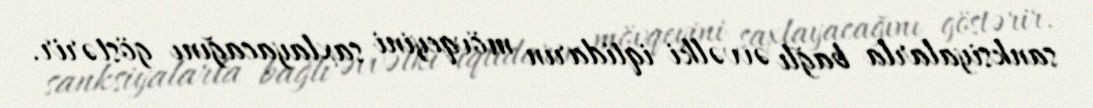
sanksiyalarla bağlı əvvəlki iqtidarın mövqeyini saxlayacağını göstərir.